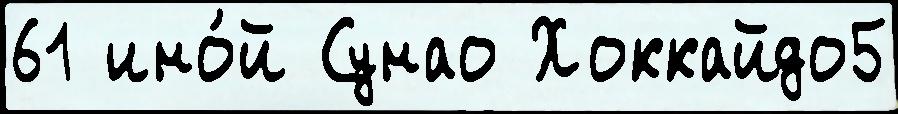
61 ино́й Сунао Хоккайдо5